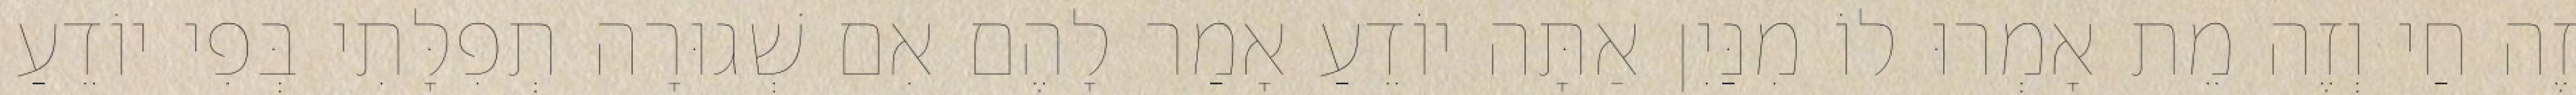
זֶה חַי וְזֶה מֵת אָמְרוּ לוֹ מִנַּיִן אַתָּה יוֹדֵעַ אָמַר לָהֶם אִם שְׁגוּרָה תְפִלָּתִי בְּפִי יוֹדֵעַ